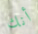
أنك